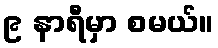
၉ နာရီမှာ စမယ်။